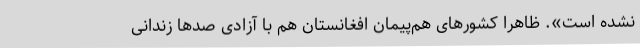
نشده است». ظاهراً کشورهای هم‌پیمان افغانستان هم با آزادی صدها زندانی